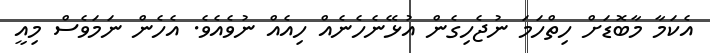
އެކަމާ މާބޮޑަށް ހިތްހަމަ ނުޖެހިގެން އުޅޭނެހެނެއް ހިއެއް ނުވެއެވެ. އެހެން ނަމަވެސް މިއީ